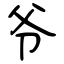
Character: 爷